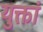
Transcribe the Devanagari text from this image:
युक्तां